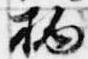
柄